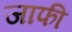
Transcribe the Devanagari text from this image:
जाफी